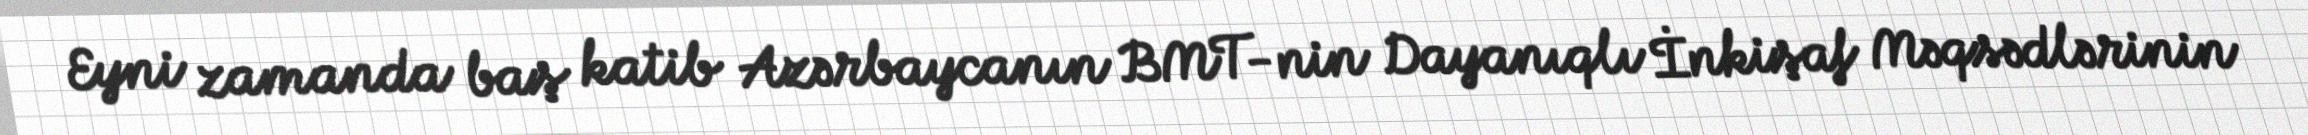
Eyni zamanda baş katib Azərbaycanın BMT-nin Dayanıqlı İnkişaf Məqsədlərinin